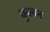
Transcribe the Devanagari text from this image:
कुलन